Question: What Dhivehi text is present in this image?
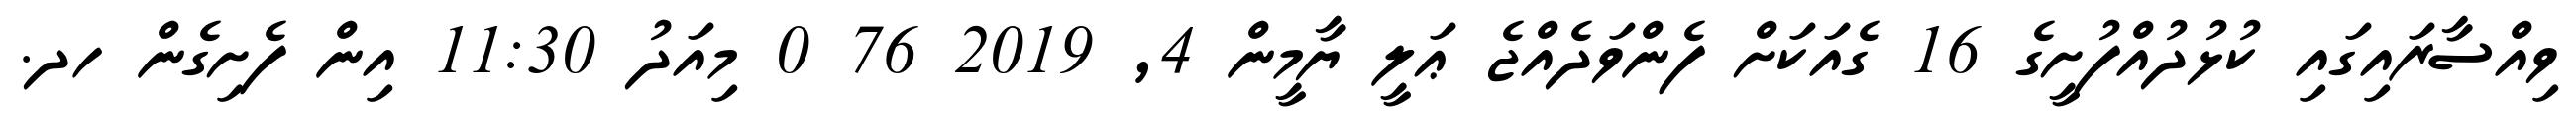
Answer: ވިއްސާރައިގައި ކުޅުދުއްފުށީގެ 16 ގެއަކަށް ފެންވަދެއްޖެ ޢަލީ ޔާމީން 4, 2019 76 0 މިއަދު 11:30 އިން ފެށިގެން ހދ.